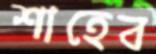
শাহেব